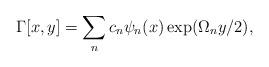
LaTeX: \begin{align*}\Gamma[x,y]=\sum_n c_n \psi_n(x)\exp(\Omega_n y/2),\end{align*}